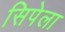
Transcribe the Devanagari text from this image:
सिपेला